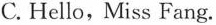
C. Hello,Miss Fang.